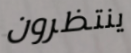
ينتظرون